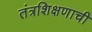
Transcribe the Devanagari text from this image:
तंत्रशिक्षणाची